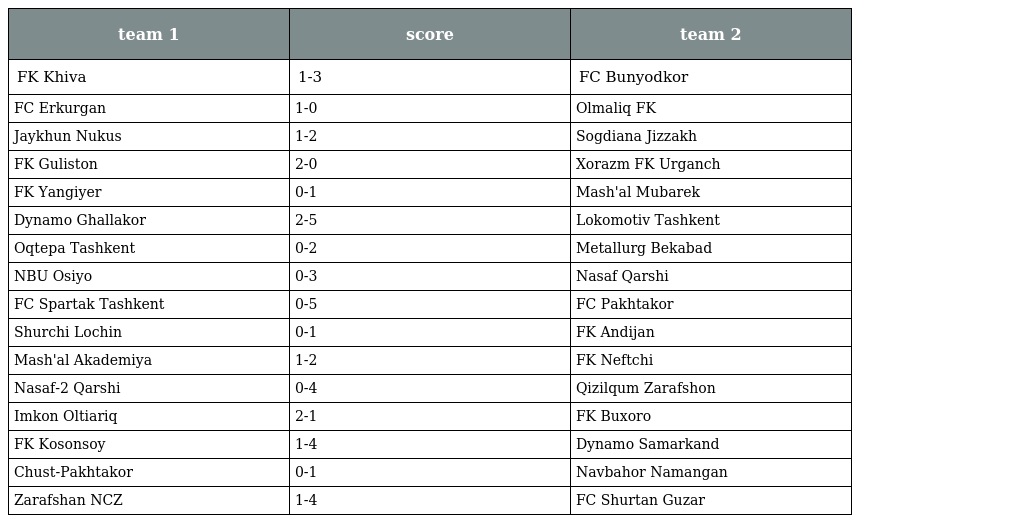
| team 1 | score | team 2 |
 | --- | --- | --- |
 | FK Khiva | 1-3 | FC Bunyodkor |
 | FC Erkurgan | 1-0 | Olmaliq FK |
 | Jaykhun Nukus | 1-2 | Sogdiana Jizzakh |
 | FK Guliston | 2-0 | Xorazm FK Urganch |
 | FK Yangiyer | 0-1 | Mash'al Mubarek |
 | Dynamo Ghallakor | 2-5 | Lokomotiv Tashkent |
 | Oqtepa Tashkent | 0-2 | Metallurg Bekabad |
 | NBU Osiyo | 0-3 | Nasaf Qarshi |
 | FC Spartak Tashkent | 0-5 | FC Pakhtakor |
 | Shurchi Lochin | 0-1 | FK Andijan |
 | Mash'al Akademiya | 1-2 | FK Neftchi |
 | Nasaf-2 Qarshi | 0-4 | Qizilqum Zarafshon |
 | Imkon Oltiariq | 2-1 | FK Buxoro |
 | FK Kosonsoy | 1-4 | Dynamo Samarkand |
 | Chust-Pakhtakor | 0-1 | Navbahor Namangan |
 | Zarafshan NCZ | 1-4 | FC Shurtan Guzar |